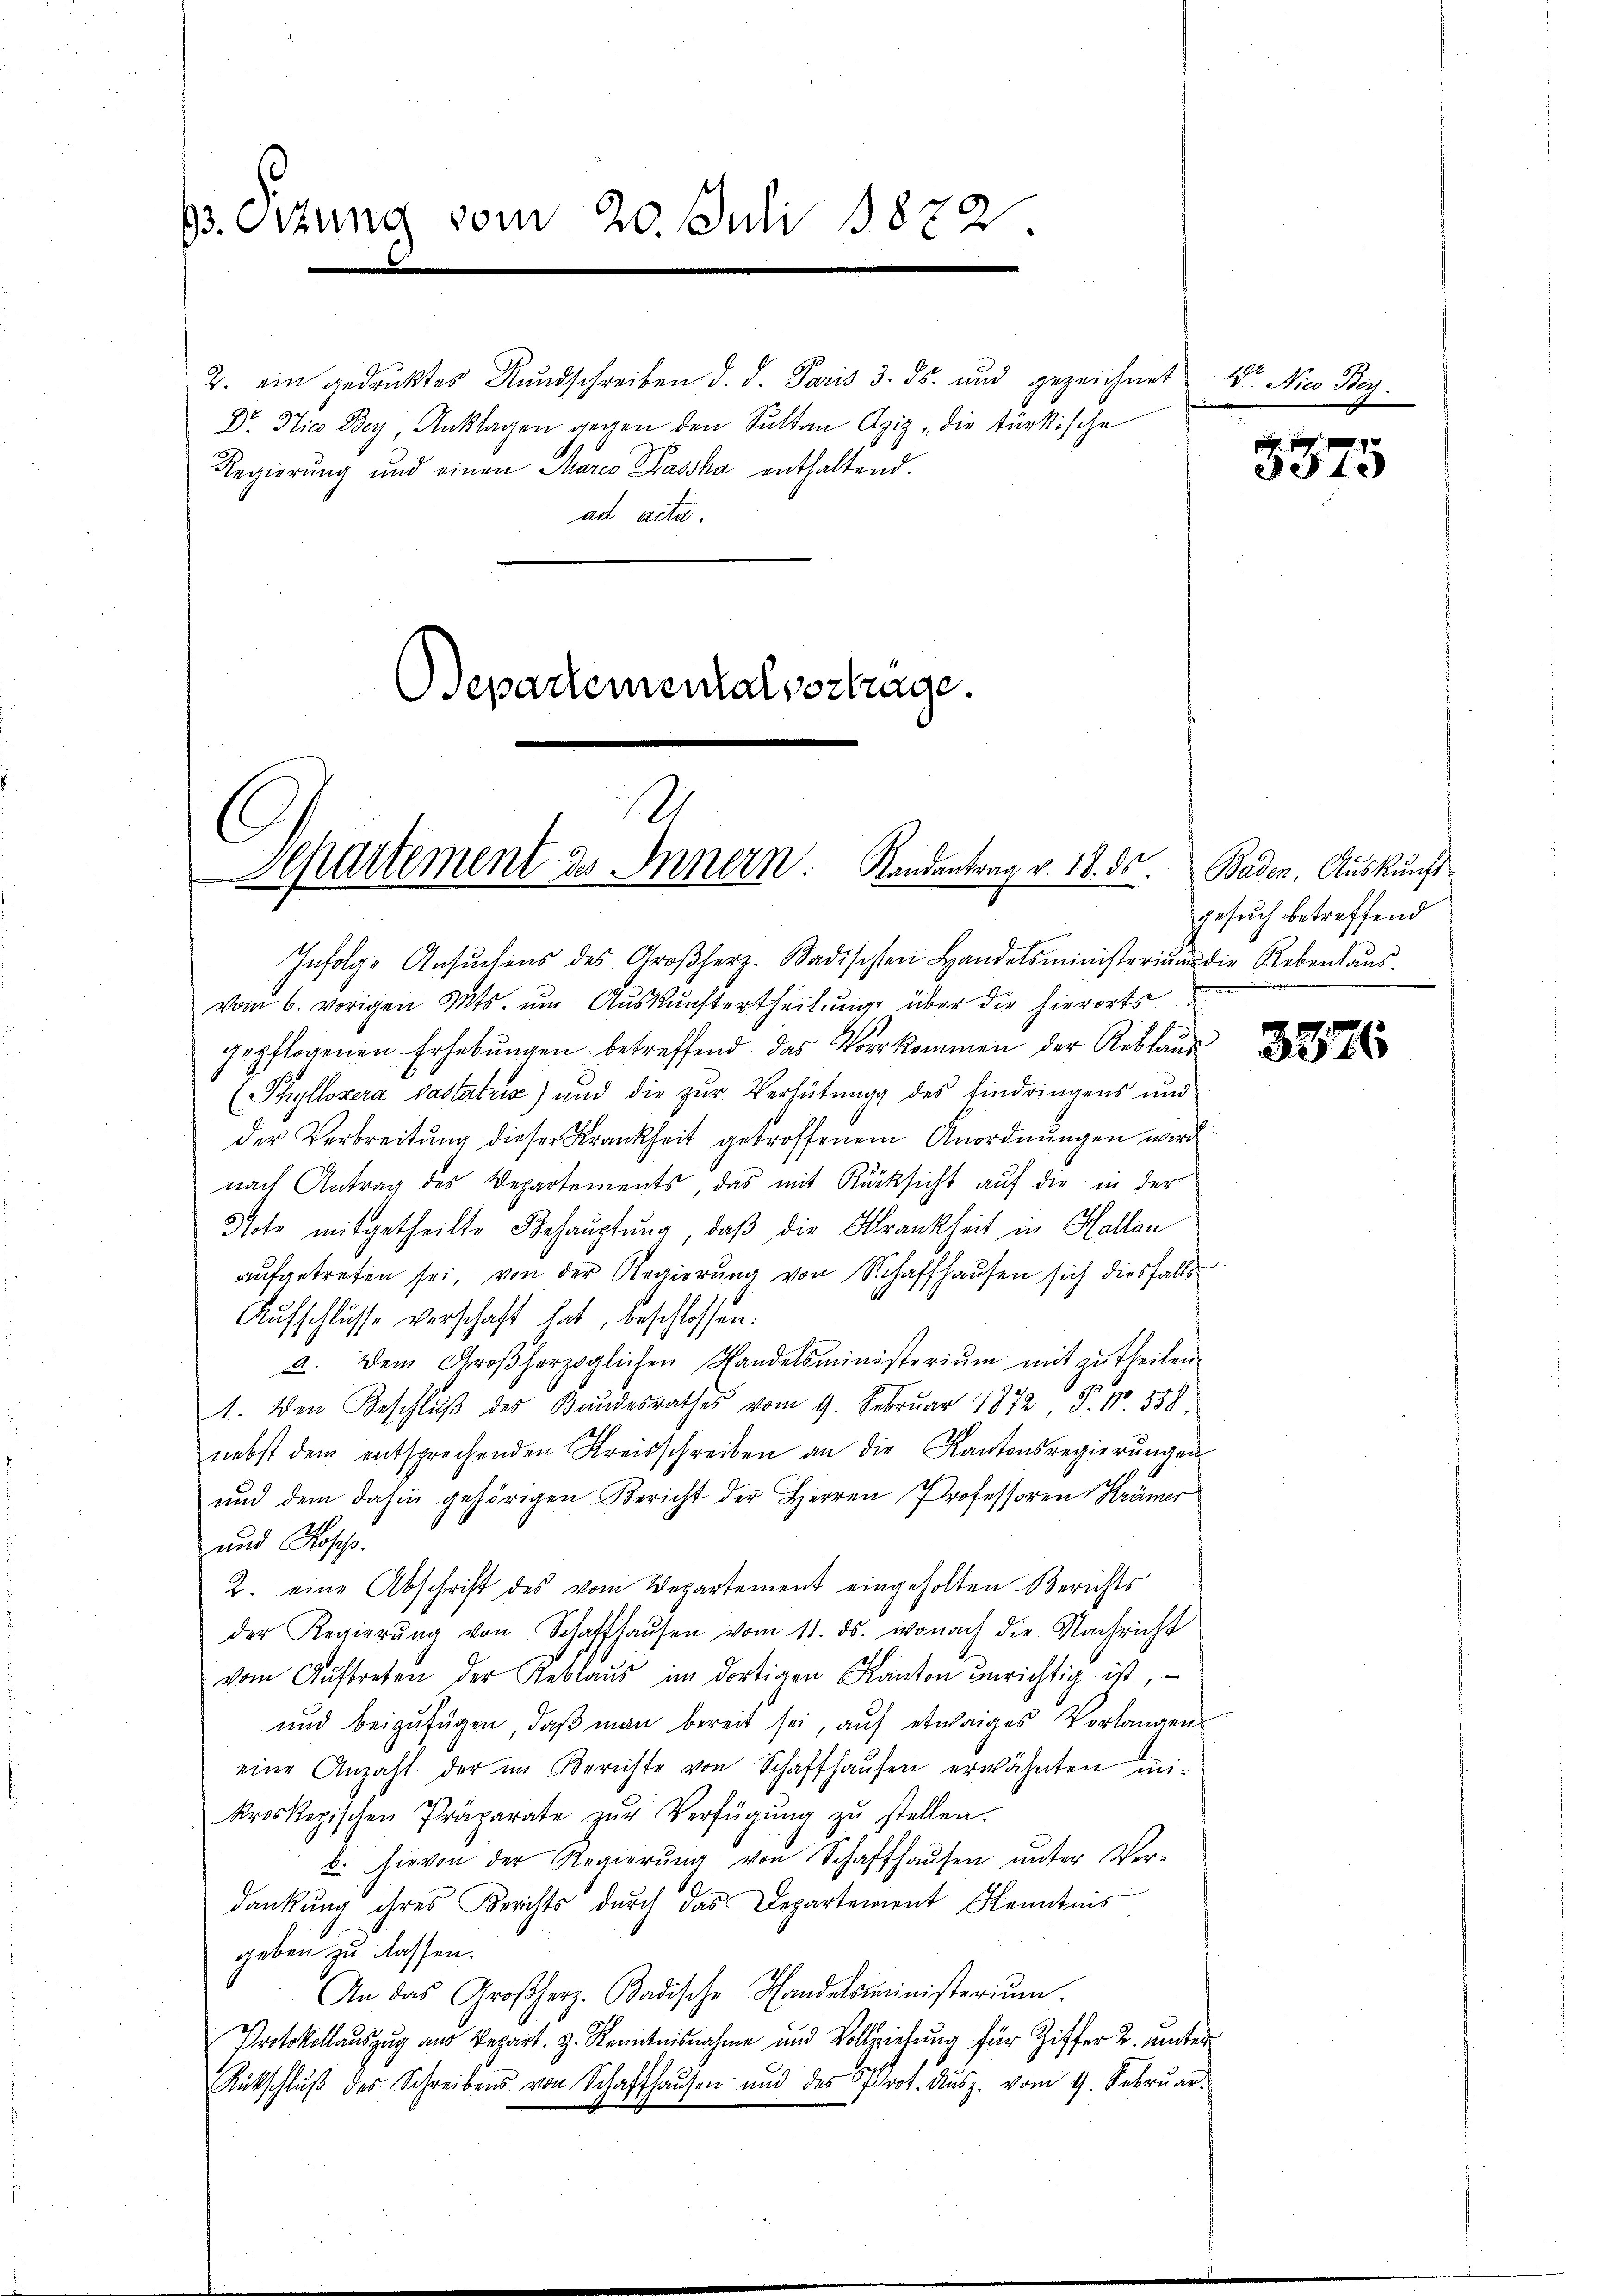
93. Sitzung vom 20. Juli 1872

2. ein gedrucktes Rundschreiben d. d. Paris 3. ds. und gezeichnet Dr. Nico Bey¬
Dr. Nico Dey, Anklagen gegen den Sultan Azig, die türkische
Regierung und einen Maria Haska enthaltend.
ad acta.
Departemental vortrage.

8.
Separtement des Innern. Kindentrag v. 18. ds.

Infolge Ansŭchens des Großherz. Badischten Handelsministerium die Rebenhaŭs-
vom 6. vorigen Muts. um Auskunftertheilung über die hierorts
gepflogenen Erhebŭngen betreffend das Vorkommen der Reblaŭs
(Phyllosera pastatrix) und die zur Verhütung des Eindringens und
der Verbreitung dieser Krankheit getroffenem Anordnungen wird
nach Antrag des Departements, das mit Rücksicht auf die in der
Note mitgetheilte Behauptung, daß die Krankheit in Hallan
aufgetreten sei, von der Regierung von Schaffhausen sich diesfalls
Aŭfschlüsse verschaft hat, beschlossen:
a. Dem Großherzoglichen Handelsministeriŭm mit zŭtheilen.
1. Den Beschlŭβ des Bundesrathes vom 9. Februar 1872 P. Nr. 558
nebst dem entsprechenden Kreisschreiben an die Kantonsregierungen
und dem dahin gehörigen Bericht der Herren Professoren Krämer
und Ross
2. eine Abschrift des vom Departement eingeholten Berichts
der Regierŭng von Schaffhaŭsen vom 11. ds. wonach die Nachricht
vom Aŭftreten der Reblaŭs im dortigen Kanton ŭnrichtig ist,
und beizufügen, daβ man bereit sei, auf etwaiges Verlangen
eine Anzahl der im Berichte von Schaffhaŭsen erwähnten mi-
kroskopischen Präparate zŭr Verfügŭng zŭ stellen.
b. hievon der Regierŭng von Schaffhaŭsen ŭnter Ver-
dankung ihres Berichts durch das Departement Kenntnis
geben zu lassen.
An das Großherz. Badische Handelsministerium.
Protokollauszug aus Depart. H. Kenntnisnahme und Vollziehung für Ziffer 2. unter¬
Rütschlŭβ des Schreibens von Schaffhaŭsen und des Prot. Aŭsz. vom 9. Febrŭar-

5875

Baden, Auskunft
gesuch betreffend

3326